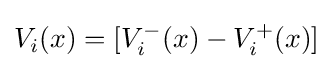
V_{i}(x)=[V_{i}^{-}(x)-V_{i}^{+}(x)]